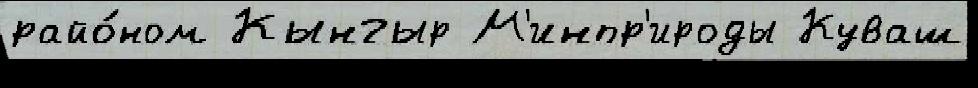
райо́ном Кынгыр М'инпр'ироды Куваш